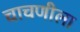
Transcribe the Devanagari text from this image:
चाचणीला